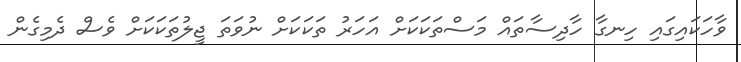
ވާހަކައިގައި ހިނގާ ހާދިސާތައް މަސްތަކަކަށް އަހަރު ތަކަކަށް ނުވަތަ ޖީލުތަކަކަށް ވެސް ދެމިގެން